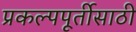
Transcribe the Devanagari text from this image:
प्रकल्पपूर्तीसाठी